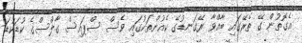
އެގޮތުން ގޭ ތެރޭގައި ބާއްވާ ރޭގަނޑުގެ ކެއުންތަކުގައި ވެސް ސްޕައިސް ގާލްސްގެ ކުޑަކުޑަ